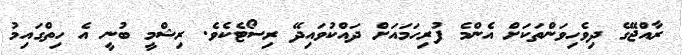
ރާއްޖޭގެ ދިވެހިވަންތަކަށް އެންމެ ފުރިހަމައަށް ދައްކުވައިދޭ ރިސޯޓެކެވެ. ރިޝްމީ ބުނީ އެ ހިތްގައިމު